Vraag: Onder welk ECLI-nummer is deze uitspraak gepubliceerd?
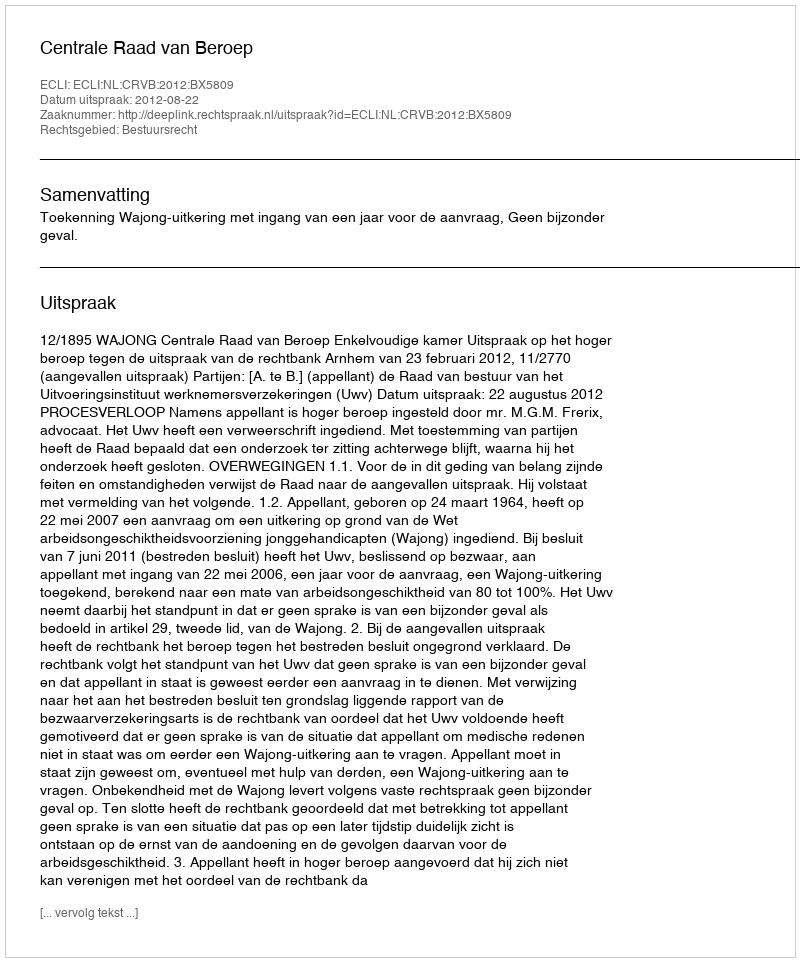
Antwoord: ECLI:NL:CRVB:2012:BX5809